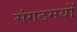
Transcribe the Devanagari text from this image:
संगठमयों